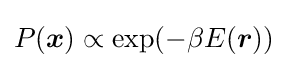
P({\boldsymbol {x}})\propto \exp(-\beta E({\boldsymbol {r}}))